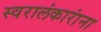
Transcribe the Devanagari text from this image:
स्वरालंकारांना